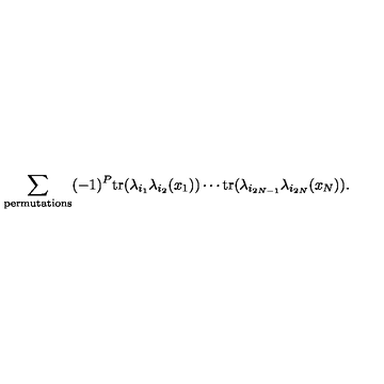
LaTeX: \sum _ { \mathrm { p e r m u t a t i o n s } } ( - 1 ) ^ { P } \mathrm { t r } ( \lambda _ { i _ { 1 } } \lambda _ { i _ { 2 } } ( x _ { 1 } ) ) \cdots \mathrm { t r } ( \lambda _ { i _ { 2 N - 1 } } \lambda _ { i _ { 2 N } } ( x _ { N } ) ) .